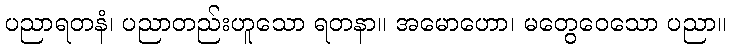
ပညာရတနံ၊ ပညာတည်းဟူသော ရတနာ။ အမောဟော၊ မတွေဝေသော ပညာ။